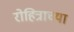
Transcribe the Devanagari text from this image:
रोहित्राच्या